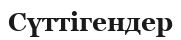
Сүттігендер